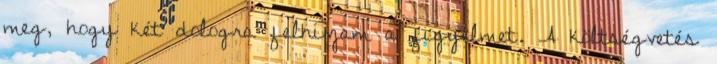
meg, hogy két dologra felhívjam a figyelmet. A költségvetés